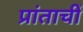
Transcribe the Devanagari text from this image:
प्रांताचीं